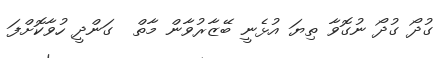
ގުދޯ ގުދޯ ނުގޮވާ ތިޔަ އުޅެނީ ބޭޒާރުވާން މާތް  ގަންދީ ހުވާކޮށްފަ